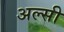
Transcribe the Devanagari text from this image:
अल्सी